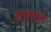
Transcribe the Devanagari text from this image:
संस्थानांवर